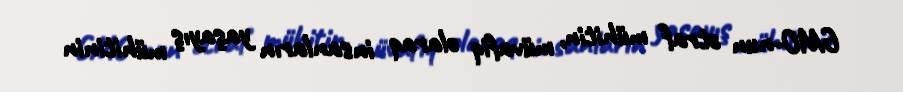
GMO-nun ətraf mühitin, müvafiq olaraq insanların yaşayış mühitinin